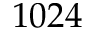
1 0 2 4